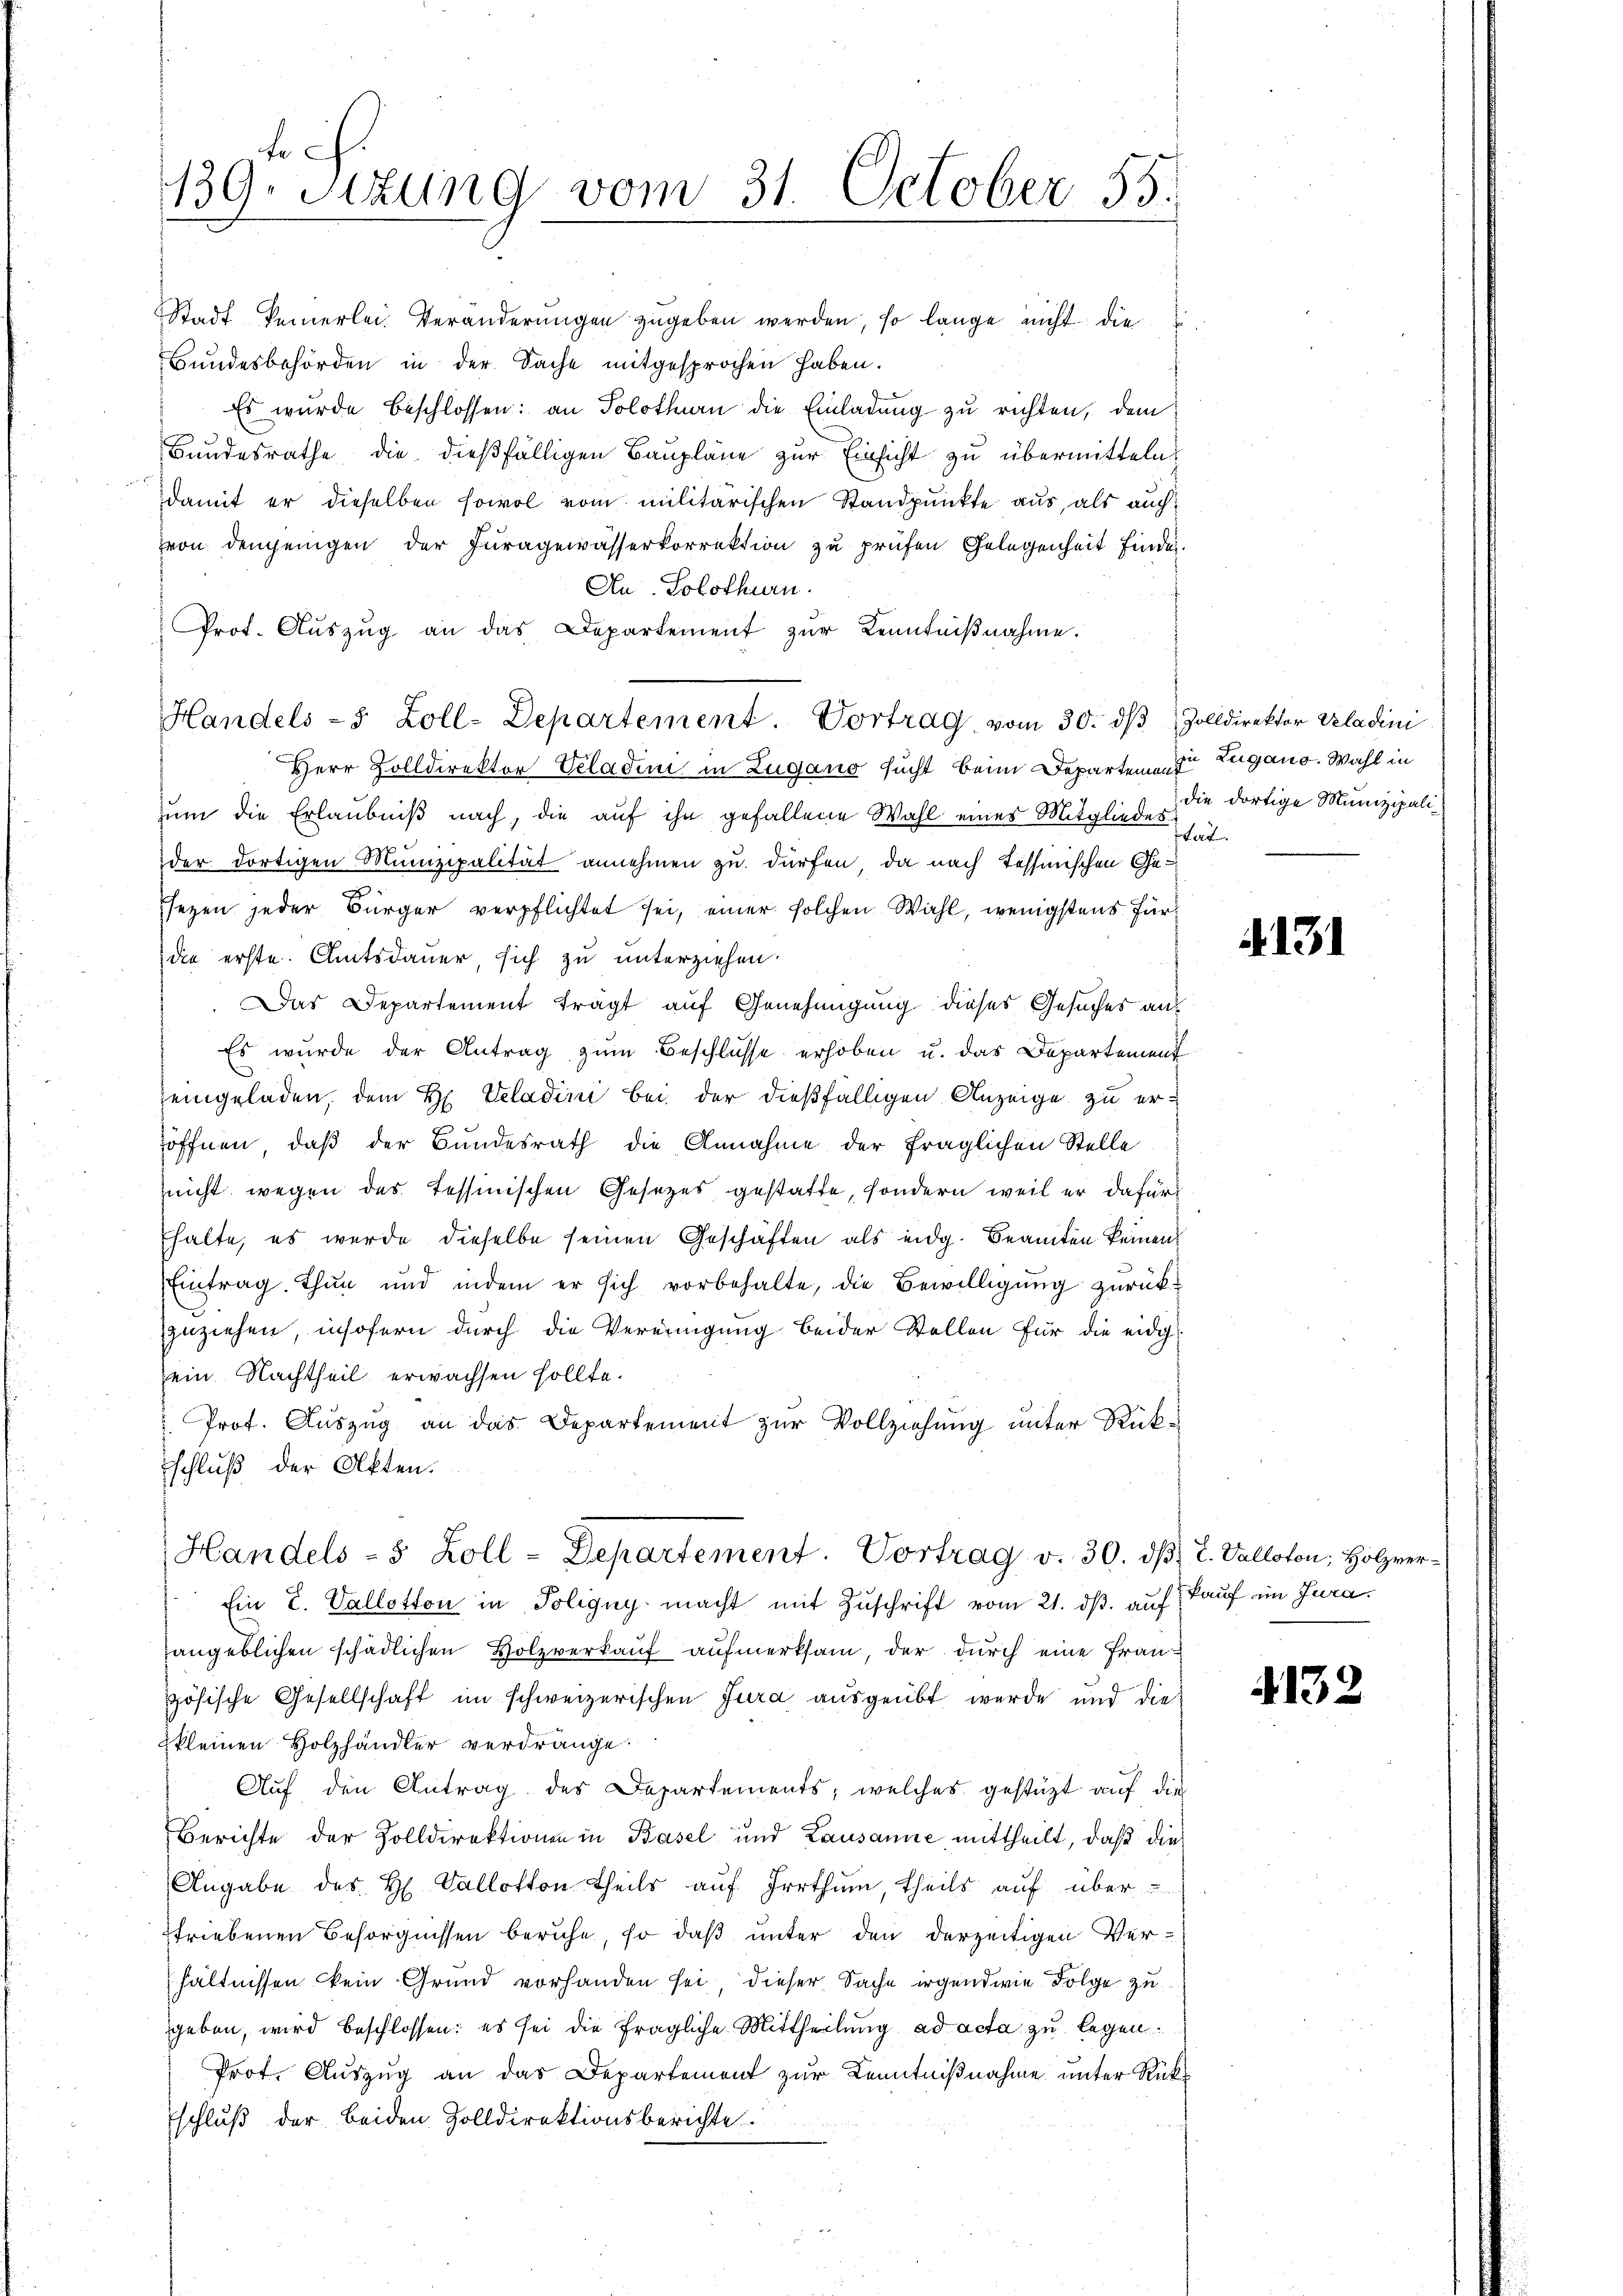
ch.
139. Sitzung vom 31. October 55.

Handels - 5 Zoll-Departement. Vortrag vom 30. dβ Zolldirektor Wladini

Stadt keinerlei Veränderŭngen zŭgeben werden, so lange nicht die
Bundesbehörden in der Sache mitgesprochen haben.
Es wurde beschlossen: an Solothurn die Einladŭng zu richten, dem
Bundesrathe die dießfälligen Baupläne zur Einsicht zu übermitteln,
damit er dieselben sowol vom militärischen Standpunkte aus, als auch:
von demjenigen der Juragewässerkorrektion zu prüfen Gelegenheit finden.
Au Solothurn.
Prot. Aŭszŭg an das Departement zŭr Kenntniβnahme.
Herr Zolldirektor Veladini in Zugano sucht beim Departem Zugano. Wahl in
um die Erlaubniß nach, die auf ihn gefallene Wahl eines Mitgliedes die dortige Munizipalider dortigen Munizipalität annehmen zu dürfen, da nach Tessinischen Gesezen jeder Bürger verpflichtet sei, einer solchen Wahl, wenigstens fürdie erste. Amtsdauer, sich zu unterziehen.
 Das Departement trägt auf Genehmigung dieses Gesuches aus
Es wurde der Antrag zum Beschlüsse erhoben u. das Departement
eingeladen, dem H. Veladini bei der dießfälligen Anzeige zu er-
öffnen, daß der Bundesrath die Annahme der fraglichen Stelle
uicht wegen des Tessinischen Gesetzes gestatte, sondern weil er dafür
halte, es wurde dieselbe seinen Geschäften als eidg. Beamten keinen
Eintrag. Thun und indem er sich vorbehalte, die Bewilligŭng zŭrück-
zuziehen, insofern durch die Vereinigung beider Stellen für die eidig-
ein. Nachtheil erwachsen sollte.
Prof. Auszug an das Departement zur Vollziehung unter Rükschluß der Akten.

Handels- 5 Zoll - Departement. Vortrag v. 30. dβ. L. Valloton, Holzver¬

Etat.

Ein L. Vallotton in Poligny macht mit Zuschrift vom 21. dβ. auf
angeblichen schädlichen Holzverkauf aufmerksam, der durch eine Französische Gesellschaft im schweizerischen Jura ausgeübt werde und die
kleinen Holzhändler verdränge.
Aŭf den Antrag des Departements, welches gestützt aŭf die
Berichte der Zolldirektionen in Basel und Lausanne mittheilt, daß dies
Angabe des H. Vallotton Theils auf Irrthum, theils auf überstriebenen Besorgnissen beruhe, so daß unter den derzeitigen Ver-
hältnissen kein Grund vorhanden sei, dieser Sache irgendwie Folge zu
geben, wird beschlossen: es sei die fragliche Mittheilung ad acta zu legen.
Prot. Aŭszŭg an das Departement zur Kenntniβnahme unter Rückschluß der beiden Zolldirektionsberichte.

13

kauf im Jura.

4132